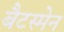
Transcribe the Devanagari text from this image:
बैटस्मेन